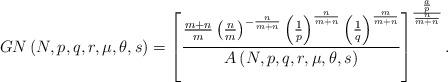
LaTeX: \begin{align*}GN\left( N,p,q,r,\mu,\theta,s\right) =\left[ \frac{\frac{m+n}{m}\left(\frac{n}{m}\right) ^{-\frac{n}{m+n}}\left( \frac{1}{p}\right) ^{\frac{n}{m+n}}\left( \frac{1}{q}\right) ^{\frac{m}{m+n}}}{A\left( N,p,q,r,\mu,\theta,s\right) }\right] ^{\frac{\frac{a}{p}}{\frac{n}{m+n}}}.\end{align*}